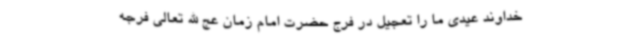
خداوند عیدی ما را تعجیل در فرج حضرت امام زمان عج الله تعالی فرجه